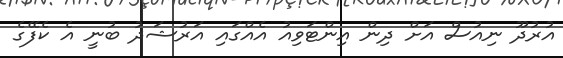
އުރުދޫ ނިއުސް އަށް ދިން އިންޓަވިއު އެއްގައި އަރުޝަދު ބުނީ އެ ކެފޭގެ